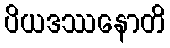
ပိယဒဿနောတိ